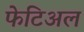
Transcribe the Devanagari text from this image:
फेटिअल